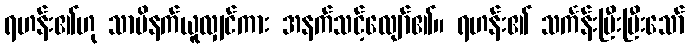
ရဟန်း၏ဟု သာမိနက်ယူလျှင်ကား အနက်သင့်လျော်၏။ ရဟန်း၏ သင်္ကန်းပြီးပြီးသော်